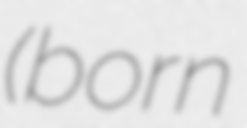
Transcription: (born